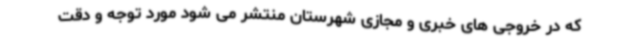
که در خروجی های خبری و مجازی شهرستان منتشر می شود مورد توجه و دقت